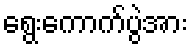
ရွေးကောက်ပွဲအား